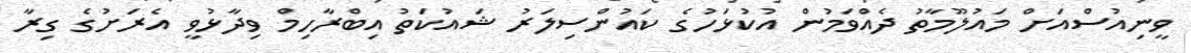
ވީނިއުސްއަށް މައުލޫމާތު ދެއްވަމުން އުކުޅަހުގެ ކައުންސިލަރު ޝައުކަތު އިބްރާހިމް ވިދާޅުވީ އެރަށުގެ ގިރާ